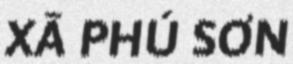
XÃ PHÚ SƠN